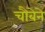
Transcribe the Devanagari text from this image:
चौबेने